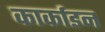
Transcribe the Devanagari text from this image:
कार्काडन